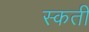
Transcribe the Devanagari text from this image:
स्कती